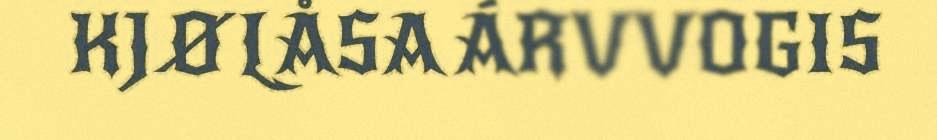
KJØLÅSA ÁRVVOGIS